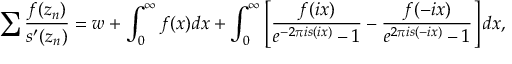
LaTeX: \sum \frac { f ( z _ { n } ) } { s ^ { \prime } ( z _ { n } ) } = w + \int _ { 0 } ^ { \infty } { f ( x ) d x } + \int _ { 0 } ^ { \infty } { \left[ \frac { f ( i x ) } { e ^ { - 2 \pi i s ( i x ) } - 1 } - \frac { f ( - i x ) } { e ^ { 2 \pi i s ( - i x ) } - 1 } \right] d x } ,